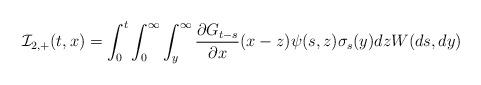
LaTeX: \begin{align*} \mathcal{I}_{2,+}(t,x) = \int_0^t \int_0^{\infty} \int_y^{\infty} \frac{\partial G_{t-s}}{\partial x}(x-z) \psi(s,z)\sigma_s(y) dz W(ds,dy)\end{align*}